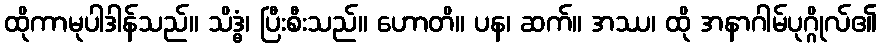
ထိုကာမုပါဒါန်သည်။ သိဒ္ဓံ၊ ပြီးစီးသည်။ ဟောတိ။ ပန၊ ဆက်။ အဿ၊ ထို အနာဂါမ်ပုဂ္ဂိုလ်၏